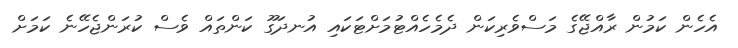
އެހެން ކަމުން ރާއްޖޭގެ މަސްވެރިކަން ދެމެހެއްޓުމަށްޓަކައި އުނދަގޫ ކަންތައް ވެސް ކުރަންޖެހޭނެ ކަމަށް